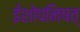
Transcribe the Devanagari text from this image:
ईशोपनिषत्